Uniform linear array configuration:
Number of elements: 4
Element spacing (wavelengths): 0.75
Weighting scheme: blackman
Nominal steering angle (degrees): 30
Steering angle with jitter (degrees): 30.717
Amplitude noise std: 0.05
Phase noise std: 0.05

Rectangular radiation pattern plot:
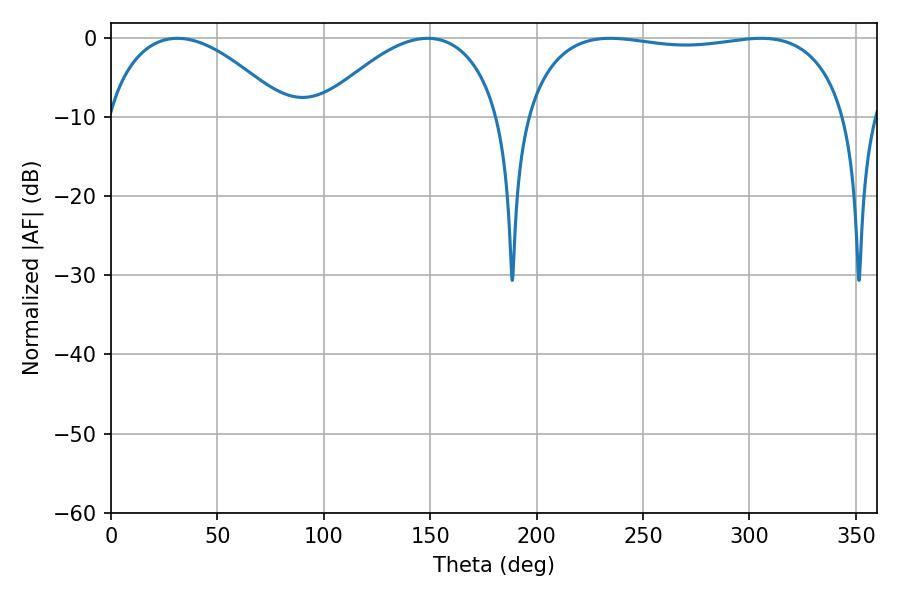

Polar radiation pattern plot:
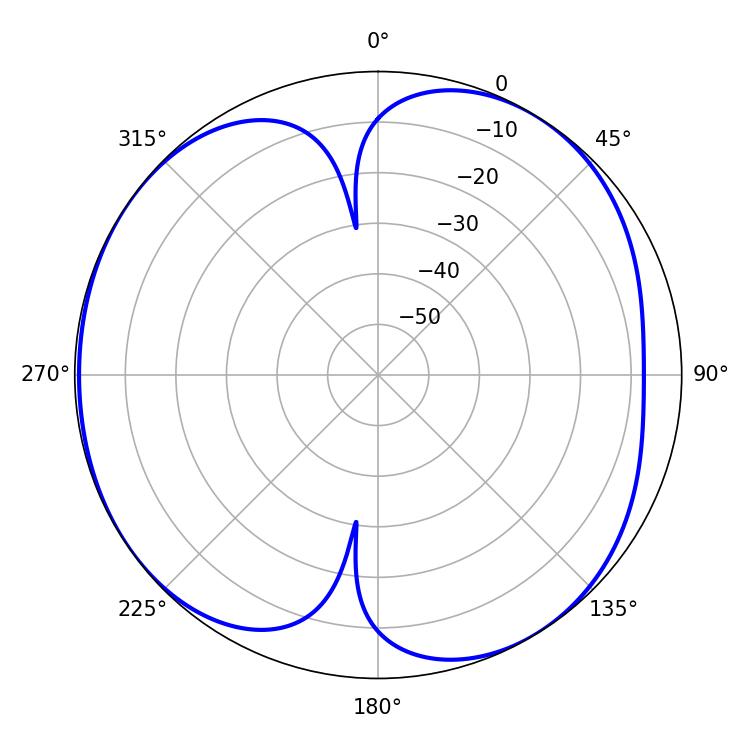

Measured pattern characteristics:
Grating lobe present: TRUE
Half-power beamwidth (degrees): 122.4
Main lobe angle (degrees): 234.54